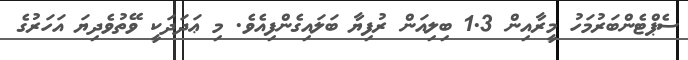
ސެޕްޓެންބަރުމަހު މީރާއިން 1.3 ބިލިއަން ރުފިޔާ ބަލައިގެންފިއެވެ. މި ޢަދަދަކީ ވޭތުވެދިޔަ އަހަރުގެ